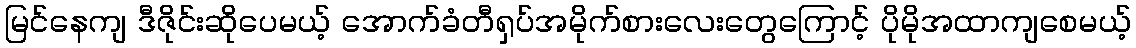
မြင်နေကျ ဒီဇိုင်းဆိုပေမယ့် အောက်ခံတီရှပ်အမိုက်စားလေးတွေကြောင့် ပိုမိုအထာကျစေမယ့်